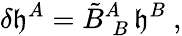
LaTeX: \delta\mathfrak{h}^{A}=\tilde{{B}}_{\; B}^{A}\, \mathfrak{h}^{B}\ ,